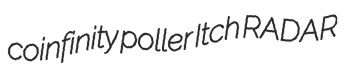
coinfinity poller Itch RADAR